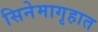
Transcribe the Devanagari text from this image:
सिनेमागृहात